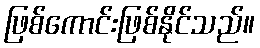
ဖြစ်ကောင်းဖြစ်နိုင်သည်။